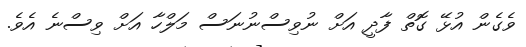
ވެގެން އުޅޭ ގޮތް ފާދީ އަށް ނުވިސްނުނަސް މަލްހާ އަށް ވިސްނެ އެވެ.